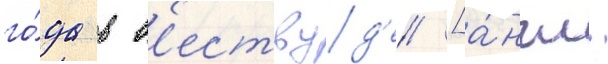
го́да в в'ествуд'е [а́нгл.